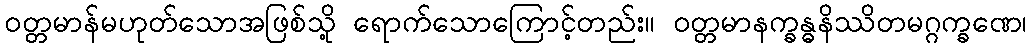
ဝတ္တမာန်မဟုတ်သောအဖြစ်သို့ ရောက်သောကြောင့်တည်း။ ဝတ္တမာနက္ခန္ဓနိဿိတမဂ္ဂက္ခဏေ၊